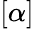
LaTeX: [\alpha]